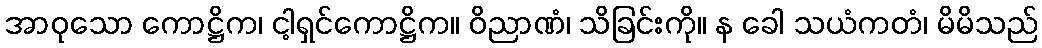
အာဝုသော ကောဋ္ဌိက၊ ငါ့ရှင်ကောဋ္ဌိက။ ဝိညာဏံ၊ သိခြင်းကို။ န ခေါ သယံကတံ၊ မိမိသည်